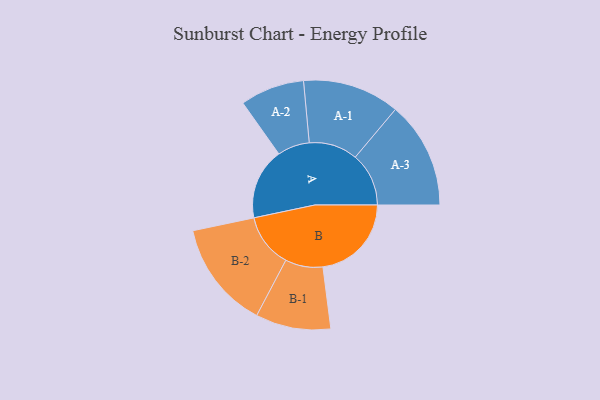
{"axis": {"x": "Segment", "y": "Value"}, "legend": ["", "A", "B"], "data": [{"x": "A", "y": 364, "type": ""}, {"x": "B", "y": 452, "type": ""}, {"x": "A-1", "y": 248, "type": "A"}, {"x": "A-2", "y": 164, "type": "A"}, {"x": "A-3", "y": 273, "type": "A"}, {"x": "B-1", "y": 192, "type": "B"}, {"x": "B-2", "y": 275, "type": "B"}]}